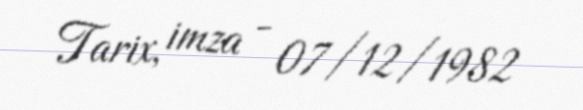
Tarix, imza - 07/12/1982